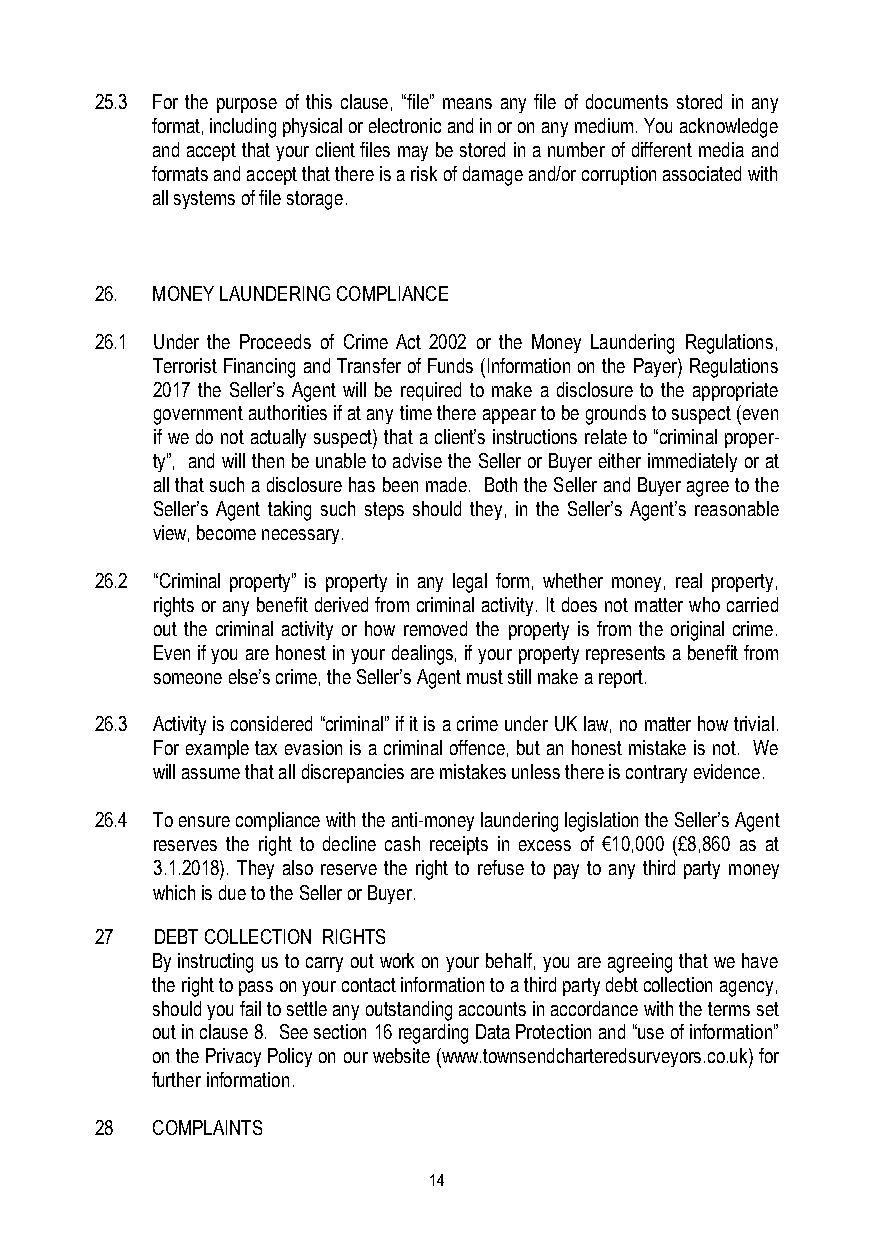
25.3 For the purpose of this clause, “file” means any file of documents stored in any
 format, including physical or electronic and in or on any medium. You acknowledge
 and accept that your client files may be stored in a number of different media and
 formats and accept that there is a risk of damage and/or corruption associated with
 all systems of file storage.
 26. MONEY LAUNDERING COMPLIANCE
 26.1 Under the Proceeds of Crime Act 2002 or the Money Laundering Regulations,
 Terrorist Financing and Transfer of Funds (Information on the Payer) Regulations
 2017 the Seller’s Agent will be required to make a disclosure to the appropriate
 government authorities if at any time there appear to be grounds to suspect (even
 if we do not actually suspect) that a client’s instructions relate to “criminal proper-
 ty”, and will then be unable to advise the Seller or Buyer either immediately or at
 all that such a disclosure has been made. Both the Seller and Buyer agree to the
 Seller’s Agent taking such steps should they, in the Seller’s Agent’s reasonable
 view, become necessary.
 26.2 “Criminal property” is property in any legal form, whether money, real property,
 rights or any benefit derived from criminal activity. It does not matter who carried
 out the criminal activity or how removed the property is from the original crime.
 Even if you are honest in your dealings, if your property represents a benefit from
 someone else’s crime, the Seller’s Agent must still make a report.
 26.3 Activity is considered “criminal” if it is a crime under UK law, no matter how trivial.
 For example tax evasion is a criminal offence, but an honest mistake is not. We
 will assume that all discrepancies are mistakes unless there is contrary evidence.
 26.4 To ensure compliance with the anti-money laundering legislation the Seller’s Agent
 reserves the right to decline cash receipts in excess of €10,000 (£8,860 as at
 3.1.2018). They also reserve the right to refuse to pay to any third party money
 which is due to the Seller or Buyer.
 27  DEBT COLLECTION RIGHTS
 By instructing us to carry out work on your behalf, you are agreeing that we have
 the right to pass on your contact information to a third party debt collection agency,
 should you fail to settle any outstanding accounts in accordance with the terms set
 out in clause 8. See section 16 regarding Data Protection and “use of information”
 on the Privacy Policy on our website (www.townsendcharteredsurveyors.co.uk) for
 further information.
 28  COMPLAINTS
 14